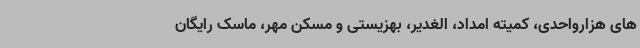
های هزارواحدی، کمیته امداد، الغدیر، بهزیستی و مسکن مهر، ماسک رایگان